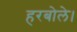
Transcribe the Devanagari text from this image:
हरबोले।